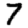
Digit: 7